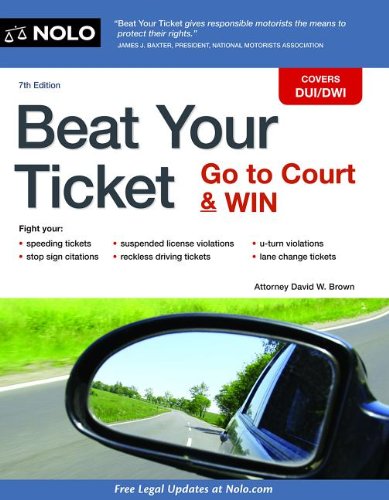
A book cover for Beat Your Ticket: Go to Court & Win; David Brown; Law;